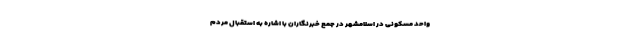
واحد مسکونی در اسلامشهر در جمع خبرنگاران با اشاره به استقبال مردم